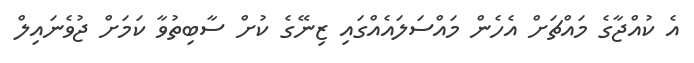
އެ ކުއްޖާގެ މައްޗަށް އެހެން މައްސަލައެއްގައި ޒިނޭގެ ކުށް ސާބިތުވާ ކަމަށް ޖުވެނައިލް